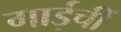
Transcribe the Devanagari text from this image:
गाईचीं